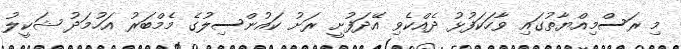
މި ރަސްމިއްޔާތުގައި ވާހަކަފުޅު ދެއްކެވި އޭދަފުށީ ރަށު ކައުންސިލުގެ މެމްބަރު އަހުމަދު ޝަކީލު